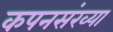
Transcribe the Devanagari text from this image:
कपनसंख्या